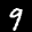
Label: 9